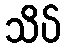
သိပ်